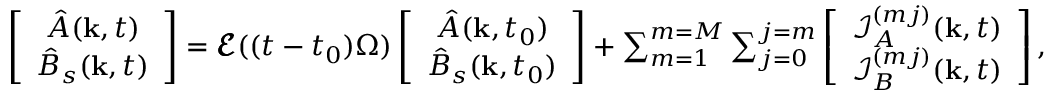
\begin{array} { r } { \left[ \begin{array} { c } { { \hat { A } } ( \mathbf { k } , t ) } \\ { { \hat { B } } _ { s } ( \mathbf { k } , t ) } \end{array} \right] = \pmb { \mathcal { E } } ( ( t - t _ { 0 } ) \Omega ) \left[ \begin{array} { c } { { \hat { A } } ( \mathbf { k } , t _ { 0 } ) } \\ { { \hat { B } } _ { s } ( \mathbf { k } , t _ { 0 } ) } \end{array} \right] + \sum _ { m = 1 } ^ { m = M } \sum _ { j = 0 } ^ { j = m } \left[ \begin{array} { c } { \mathcal { I } _ { A } ^ { ( m j ) } ( \mathbf { k } , t ) } \\ { \mathcal { I } _ { B } ^ { ( m j ) } ( \mathbf { k } , t ) } \end{array} \right] , } \end{array}